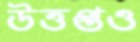
উত্তপ্তও